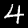
Digit: 4